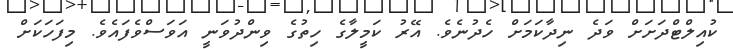
ކުއިލްޓްދަށަށް ވަދެ ނިދާކަމަށް ހެދުނެވެ. އޭރު ކަމީލާގެ ހިތުގެ ވިންދުވަނީ އަވަސްވެފައެވެ. މިފަހަކަށް